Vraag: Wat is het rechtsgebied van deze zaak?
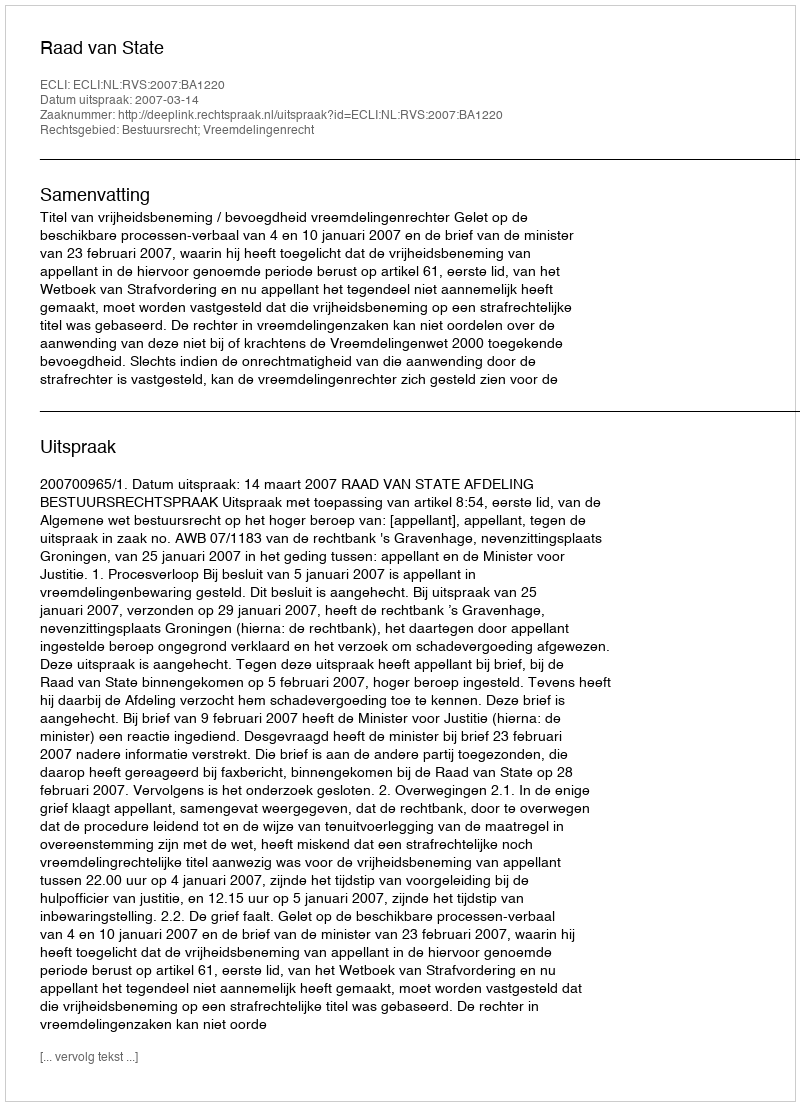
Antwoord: Bestuursrecht; Vreemdelingenrecht